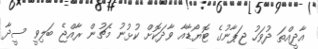
އާދީއްތަ ދުވަހު ޖަޕާނުގެ ޓޮޔޯޑާއާ ވާދަކޮށް ކުޅުނު މެޗުން ރާއްޖެ ބަލިވީ ސީދާ